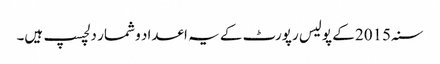
سنہ 2015 کے پولیس رپورٹ کے یہ اعداد و شمار دلچسپ ہیں۔